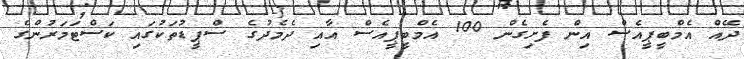
ދޭއް އެމްބީޕީއެސް އިން ފެށިގެން 100 އެމްބީޕީއެސް އާއި ދެމެދުގެ ސްޕީޑުތަކުގައި ކަސްޓަމަރުންގެ